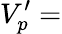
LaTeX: V_{p}^{\prime}=